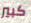
كبير